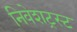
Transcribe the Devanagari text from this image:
निवेशट्रस्ट